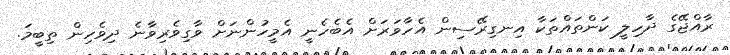
ރާއްޖޭގެ ދާހިލީ ކަންތައްތަކާ އިނގިރޭސިން އެހާވަރަށް އެބެހެނީ އެމީހުންނަށް ވާގިވެރިވާނެ ދިވެހިން ތިބީމަ.